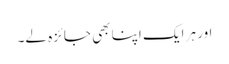
اور ہر ایک اپنا بھی جائزہ لے۔